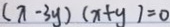
( x - 3 y ) ( x + y ) = 0